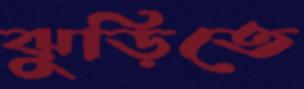
ঝুড়িতে